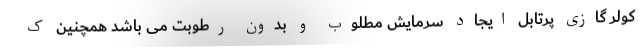
کولر گازی پرتابل ایجاد سرمایش مطلوب و بدون رطوبت می باشد همچنین ک